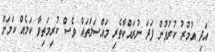
އަދި އުމުރު ކުރުވުން ފަދަ ނުރައްކާތެރި މައްސަލަތައް ވެސް ކުރިމަތިވާ ކަމެއް ކަމަށް